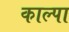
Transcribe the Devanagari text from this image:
काल्पा